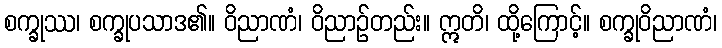
စက္ခုဿ၊ စက္ခုပသာဒ၏။ ဝိညာဏံ၊ ဝိညာဉ်တည်း။ ဣတိ၊ ထို့ကြောင့်။ စက္ခုဝိညာဏံ၊